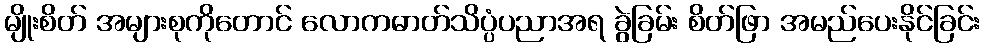
မျိုးစိတ် အများစုကိုတောင် လောကဓာတ်သိပ္ပံပညာအရ ခွဲခြမ်း စိတ်ဖြာ အမည်ပေးနိုင်ခြင်း